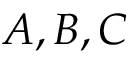
A , B , C